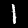
Label: 1